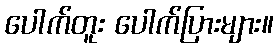
ပေါက်တူး ပေါက်ပြားများ။